Report on vaccination in Madras 1904-1921 - 1904-1921
Year: 1904
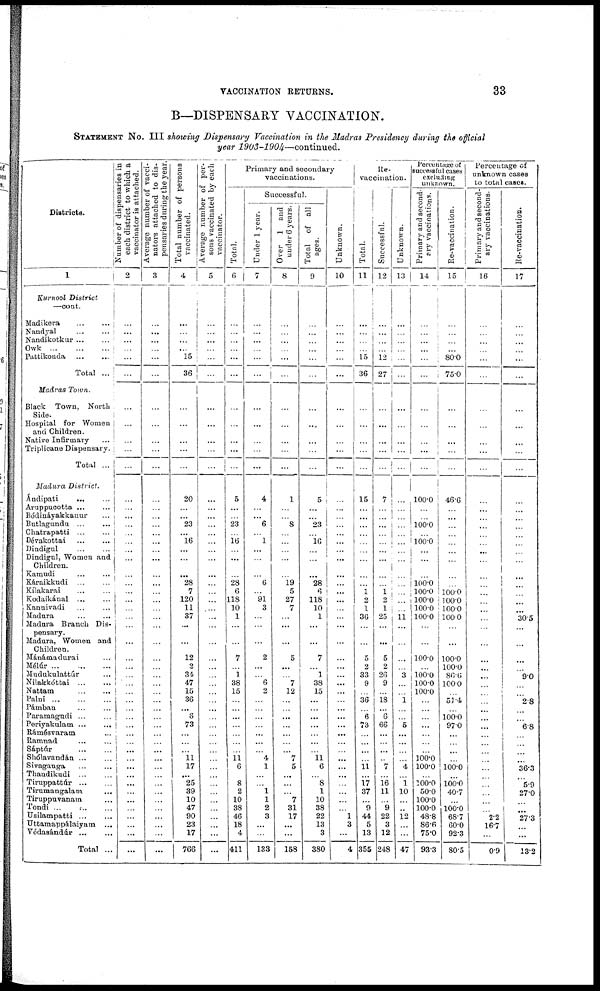
VACCINATION RETURNS.
33
B—DISPENSARY VACCINATION.
STATEMENT No. III showing Dispensary Vaccination in the Madras Presidency during the official
year
1903-1904—continued.
Districts.
1
Kurnool District
—cont.
Madikera ... ...
Nandyal ... ...
Nandikotkur ... ...
Owk ... ... ...
Pattikonda ... ...
Total ...
Madras Town.
Black Town, North
Side.
Hospital for Women
and Children.
Native Infirmary ...
Triplicane Dispensary.
Total ...
Madura District.
Ándipati ... ...
Aruppucotta ... ...
Bódináyakkauur ...
Butlagundu ... ...
Chatrapatti ... ...
Dévakottai ... ...
Dindigul ... ...
Dindigul, Women and
Children.
Kamudi ... ...
Káraikkudi ... ...
Kílakarai ... ...
Kodaikánal ... ...
Kannivadi ... ...
Madura
...
...
Madura Branch Dis-
pensary.
Madura, Women and
Children.
Mánámadurai ...
Mélúr ... ... ...
Mudukulattúr ...
Nilakkóttai ... ...
Nattam
...
...
Palni
...
...
...
Pámban ... ...
Paramagudi ... ...
Periyakulam ...
...
Rámésvaram ...
Ramnad
... ...
Sáptúr
...
...
Shólavandán ... ...
Sivaganga ... ...
Thandikudi
...
...
Tiruppattúr
...
...
Tirumangalam
...
Tiruppuvanam ...
Tondi ... ... ...
Usilampatti
...
...
Uttamappálaiyam ...
Védasándúr
...
...
Total ..
Number of dispensaries in
each distinct to which a
vaccinator is attached.
2
...
...
...
...
...
...
...
...
...
...
...
...
...
...
...
...
...
...
...
...
...
...
...
...
...
...
...
...
...
...
...
...
...
...
...
...
...
...
...
...
...
...
...
...
...
...
...
...
...
...
Average number of vacci-
nators attached to dis-
pensaries during the year.
3
...
...
...
...
...
...
...
...
...
...
...
...
...
...
...
...
...
...
...
...
...
...
...
...
...
...
...
...
...
...
...
...
...
...
...
...
...
...
...
...
...
...
...
...
...
...
...
...
...
...
Total number of persons
vaccinated.
4
...
...
...
...
15
36
...
...
...
...
...
20
...
...
23
...
16
...
...
...
28
7
120
11
37
...
...
12
2
34
47
15
36
...
8
73
...
...
...
11 17
...
25
39
10
47
90
23
17
766
Average number of per¬
sons vaccinated by each
vaccinator.
5
...
...
...
...
...
...
...
...
...
...
...
...
...
...
...
...
...
...
...
...
...
...
...
...
...
...
...
...
...
...
...
...
...
...
...
...
...
...
...
...
...
...
...
...
...
...
...
...
...
Primary and secondary
vaccinations.
Total.
6
...
...
...
...
...
...
...
...
...
...
...
5
...
...
23
...
16
...
...
...
28
6
118
10
1
...
...
7
...
1
38
15
...
...
...
...
...
...
...
11 6
...
8
2
10
38
46
18
4
411
Successful.
Under 1 year.
7
...
...
...
...
...
...
...
...
...
...
...
4
...
...
6
...
1
...
...
...
6
...
91
3
...
...
...
2
...
...
6
2
...
...
...
...
...
...
...
4
1
...
...
1
1
2
3
...
...
133
Over 1 and
under 6 years.
8
...
...
...
...
...
...
...
...
...
...
...
1
...
...
8
...
...
...
...
...
19
5
27
7
...
...
...
5
...
...
7
12
...
...
...
...
...
...
...
7
5
...
...
...
7
31
17
...
...
158
Total of all
ages.
9
...
...
...
...
...
...
...
...
...
...
...
5
...
...
23
...
16
...
...
...
28
6
118
10
1
...
...
7
...
1
38
15
...
...
...
...
...
...
...
11 6
...
8
1
10
38
22
13
3
380
Unknown.
10
...
...
...
...
...
...
...
...
...
...
...
...
...
...
...
...
...
...
...
...
...
...
...
...
...
...
...
...
...
...
...
...
...
...
...
...
...
...
...
...
...
...
...
...
...
...
1
3
... 4
Re¬
vaccination.
Total.
11
...
...
...
...
15
36
...
...
...
...
...
15
...
...
...
...
...
...
...
...
...
1 2
1
36
...
...
5
2
33
9
...
36
...
6
73
...
...
...
...
11 ...
17
37
...
9
44
5
13
355
Successful.
12
...
...
... ...
12
27
...
...
...
...
...
7
...
...
...
...
...
...
...
...
...
1 2
1
25
...
...
5
2
26
9
...
18
...
6
66
...
...
...
...
7
...
16
11
...
9
22
3
12
248
Unknown.
13
...
...
...
...
...
...
...
...
...
...
...
...
...
...
...
...
...
...
...
...
...
...
...
...
11
...
...
...
...
3
...
...
1
...
...
5
...
...
...
...
4
...
1
10
...
...
12
...
...
47
Percentage of
successful cases
excluding
unknown.
Primary and second¬
cry vaccinations.
14
...
...
...
...
...
...
...
...
...
...
...
100.0
...
...
100.0
...
100.0
...
...
...
100.0
100.0
100.0
100.0
100.0
...
...
100.0
...
100.0
100.0
100.0
...
...
...
...
...
...
...
100.0
100.0
...
100.0
50.0
100.0
100.0
48.8
86.6
75.0
93.3
Re-vaccination.
15
...
...
...
...
80.0
75.0
...
...
...
...
...
46.6
...
...
...
...
...
...
...
...
...
100.0
100.0
100.0
100.0
...
...
100.0
100.0
86.6
100.0
...
51.4
...
100.0
97.0
...
...
...
...
100.0
...
100.0
40.7
...
100.0
68.7
60.0
92.3
80.5
Percentage of
unknown cases
to total cases.
Primary and second-
ary vaccinations.
16
...
...
...
...
...
...
...
...
...
...
...
...
...
...
...
...
...
...
...
...
...
...
...
...
...
...
...
...
...
...
...
...
...
...
...
...
...
...
...
...
...
...
...
...
...
...
2.2
16.7
...
0.9
Re-vaccination.
17
...
...
...
...
...
...
...
...
...
...
...
...
...
...
...
...
...
...
...
...
...
...
...
...
30.5
...
...
...
...
9.0
...
...
2.8
...
...
6.8
...
...
...
...
36.3
...
5.9
27.0
...
...
27.3
...
...
13.2